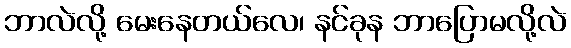
ဘာလဲလို့ မေးနေတယ်လေ၊ နင်ခုန ဘာပြောမလို့လဲ